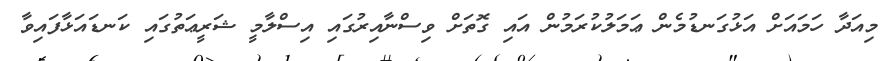
މިއަދާ ހަމައަށް އަޅުގަނޑުމެން ޢަމަލުކުރަމުން އައި ގޮތަށް ވިސްނާއިރުގައި އިސްލާމީ ޝަރީޢަތުގައި ކަނޑައަޅާފައިވާ